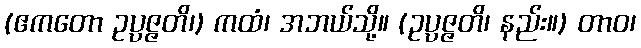
(ဧကတော ဥပ္ပဇ္ဇတိ၊) ကထံ၊ အဘယ်သို့။ (ဥပ္ပဇ္ဇတိ၊ နည်း။) တာဝ၊